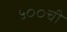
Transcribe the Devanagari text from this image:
५००ची